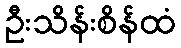
ဦးသိန်းစိန်ထံ